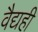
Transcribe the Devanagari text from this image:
वैद्यही